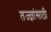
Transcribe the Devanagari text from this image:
तज्ज्ञांसाठी